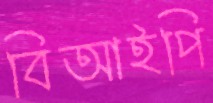
বিআইপি